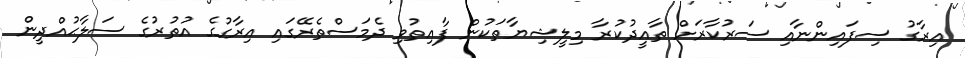
އިރާގު ސިފައިންނާއި ސަރުކާރަށް ތާއީދުކުރާ މިލީޝިޔާތަކުން ފާއިތުވި ދެމަސްތެރޭގައި އިރާގުގެ އުތުރުގެ ސަލާޙުއްދީން